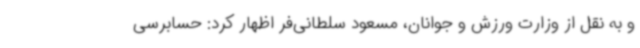
و به نقل از وزارت ورزش و جوانان، مسعود سلطانی‌فر اظهار کرد: حسابرسی